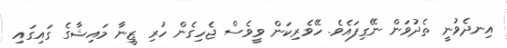
އިނދެވުނީ ތެދުވަން ނޭގިފައެވެ. ހޭވެރިކަން ވީވެސް ޖެހިގެން ހުރި ޒީނާ މައިޝާގެ ގައިގައި